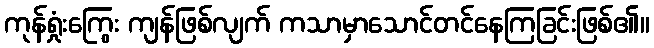
ကုန်ရှုံးကြွေး ကျန်ဖြစ်လျက် ကသာမှာသောင်တင်နေကြခြင်းဖြစ်၏။